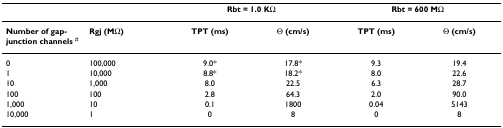
|  |  | <COLSPAN=2> Rbt = 1.0 KΩ | <COLSPAN=2> Rbt = 600 MΩ |
 | --- | --- | --- | --- | --- | --- |
 | Number of gap-junction channels # | Rgj (MΩ) | TPT (ms) | Θ (cm/s) | TPT (ms) | Θ (cm/s) |
 | 0 | 100,000 | 9.0* | 17.8* | 9.3 | 19.4 |
 | 1 | 10,000 | 8.8* | 18.2* | 8.0 | 22.6 |
 | 10 | 1,000 | 8.0 | 22.5 | 6.3 | 28.7 |
 | 100 | 100 | 2.8 | 64.3 | 2.0 | 90.0 |
 | 1,000 | 10 | 0.1 | 1800 | 0.04 | 5143 |
 | 10,000 | 1 | 0 | 8 | 0 | 8 |